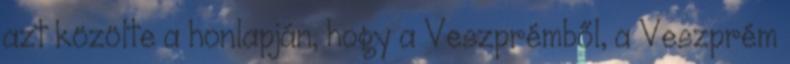
azt közölte a honlapján, hogy a Veszprémből, a Veszprém